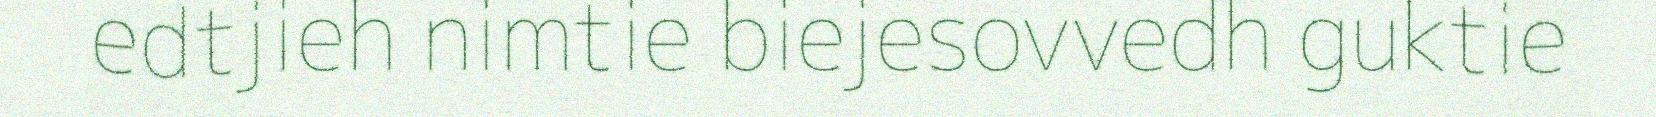
edtjieh nimtie biejesovvedh guktie